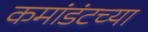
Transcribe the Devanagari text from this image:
कमांडंटच्या